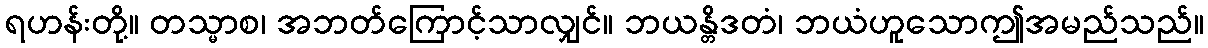
ရဟန်းတို့။ တသ္မာစ၊ အဘတ်ကြောင့်သာလျှင်။ ဘယန္တိဒတံ၊ ဘယံဟူသောဤအမည်သည်။